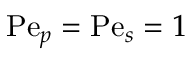
\mathrm { P e } _ { p } = \mathrm { P e } _ { s } = 1